Report on sanitation, dispensaries, and jails in Rajputana for 1911, and on vaccination for the year 1911-1912 - 1911-1912
Year: 1911
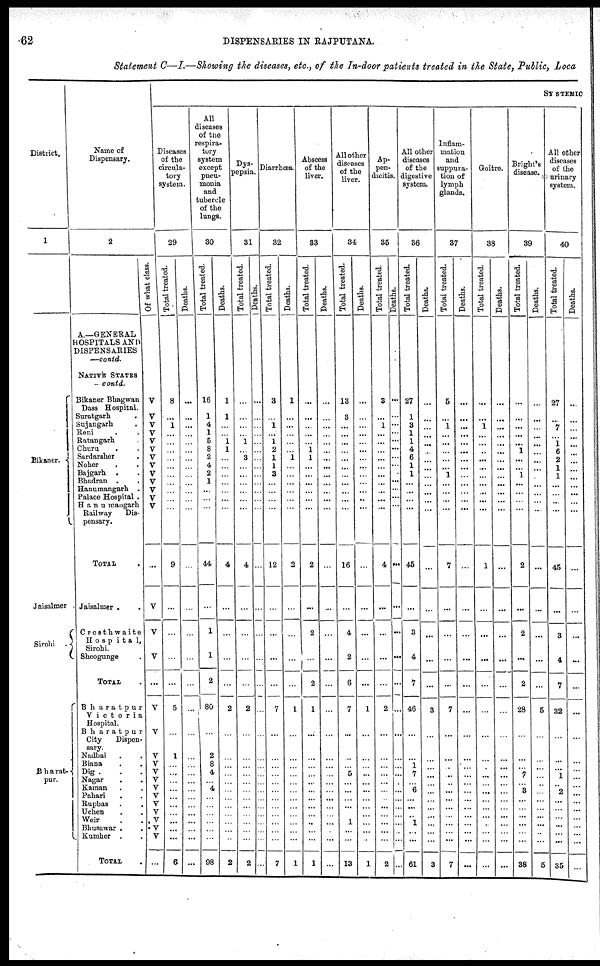
62
DISPENSARIES IN RAJPUTANA.
Statement C—I.—Showing the diseases, etc., of the In-door patients treated in the State, Public, Loca
District.
1
Bikaner.
Jaisalmer
Sirohi
Bharat¬
pur.
Name of
Dispensary.
2
A.—GENERAL
HOSPITALS AND
DISPENSARIES
—contd.
NATIVE STATES
contd.
Bikaner Bhagwan
Dass Hospital.
Suratgarh .
Sujangarh .
Reni . .
Ratangarh .
Churu . .
Sardarsher .
Noher . .
Bajgarh . .
Bhadran . .
Hanumangarh .
Palace Hospital .
Hanumangarh
Railway
Dis¬
pensary.
TOTAL .
Jaisalmer . .
Crosthwaite
Hospita1,
Sirohi.
Sheogunge
TOTAL .
Bharatpur
Victoria
Hospital.
Bharatpur
City
Dispen-
sary.
Nadbai . .
Biana . .
Dig . . .
Nagar . .
Kaman . .
Pahari . .
Rupbas . .
Uchen . .
Weir . .
Bhusawar . .
Kumher . .
TOTAL .
Of what class.
V
V
V
V
V
V
V
V
V
V
V
V
V
...
V
V
V
...
V
V
V
V
V
V
V
V
V
V
V
V
V
...
SYSTEMIC
Diseases
of the
circula¬
tory
system.
29
Total treated.
8
...
1
...
...
...
...
...
...
...
...
...
...
9
...
...
...
...
5
...
1
...
...
...
...
...
...
...
...
...
...
6
Deaths.
...
...
...
...
...
...
...
...
...
...
...
...
...
...
...
...
...
...
...
...
...
...
...
...
...
...
...
...
...
...
...
...
All
diseases
of the
respira¬
tory
system
except
pneu¬
monia
and
tubercle
of the
lungs.
30
Total treated.
16
1
4
1
5
8
2
4
2
1
...
...
...
44
...
1
1
2
80
...
2
8
4
...
4
...
...
...
...
...
...
98
Deaths.
1
1
...
...
1
1
...
...
...
...
...
...
...
4
...
...
...
...
2
...
...
...
...
...
...
...
...
...
...
...
...
2
Dys¬
pepsia.
31
Total treated.
...
...
...
...
1
...
3
...
...
...
...
...
...
4
...
...
...
...
2
...
...
...
...
...
...
...
...
...
...
...
...
2
Deaths.
...
...
...
...
...
...
...
...
...
...
...
...
...
...
...
...
...
...
...
...
...
...
...
...
...
...
...
...
...
...
...
...
Diarrhœa.
32
Total treated.
3
...
1
...
1
2
1
1
3
...
...
...
...
12
...
...
...
...
7
...
...
...
...
...
...
...
...
...
...
...
...
7
Deaths.
1
...
...
...
...
...
1
...
...
...
...
...
...
2
...
...
...
...
1
...
...
...
...
...
...
...
...
...
...
...
...
1
Abscess
of the
liver.
83
Total treated.
...
...
...
...
...
1
1
...
...
...
...
...
...
2
...
2
...
2
1
...
...
...
...
...
...
...
...
...
...
...
...
1
Deaths.
...
...
...
...
...
...
...
...
...
...
...
...
...
...
...
...
...
...
...
...
...
...
...
...
...
...
...
...
...
...
...
...
All other
diseases
of the
liver.
34
Total treated.
13
3
...
...
...
...
...
...
...
...
...
...
...
16
...
4
2
6
7
...
...
...
5
...
...
...
...
...
1
...
...
13
Deaths.
...
...
...
...
...
...
...
...
...
...
...
...
...
...
...
...
...
...
1
...
...
...
...
...
...
...
...
...
...
...
...
1
Ap¬
pen¬
dicitis.
35
Total treated.
3
...
1
...
...
...
...
...
...
...
...
...
...
4
...
...
...
...
2
...
...
...
...
...
...
...
...
...
...
...
...
2
Deaths.
...
...
...
...
...
...
...
...
...
...
...
...
...
...
...
...
...
...
...
...
...
...
...
...
...
...
...
...
...
...
...
...
All other
diseases
of the
digestive
system.
36
Total treated.
27
1
3
1
1
4
6
1
1
...
...
...
...
45
...
3
4
7
46
...
...
1
7
...
6
...
...
...
1
...
...
61
Deaths.
...
...
...
...
...
...
...
...
...
...
...
...
...
...
...
...
...
...
3
...
...
...
...
...
...
...
...
...
...
...
...
3
Inflam-
mation
and
suppura-
tion of
lymph
glands.
37
Total treated.
5
...
1
...
...
...
...
...
1
...
...
...
...
7
...
...
...
...
7
...
...
...
...
...
...
...
...
...
...
...
...
7
Deaths.
...
...
...
...
...
...
...
...
...
...
...
...
...
...
...
...
...
...
...
...
...
...
...
...
...
...
...
...
...
...
...
...
Goitre.
38
Total treated.
...
...
1
...
...
...
...
...
...
...
...
...
...
1
...
...
...
...
...
...
...
...
...
...
...
...
...
...
...
...
...
...
Deaths.
...
...
...
...
...
...
...
...
...
...
...
...
...
...
...
...
...
...
...
...
...
...
...
...
...
...
...
...
...
...
...
...
Bright's
disease.
39
Total treated.
...
...
...
...
...
1
...
...
1
...
...
...
...
2
...
2
...
2
28
...
...
...
7
...
3
...
...
...
...
...
...
38
Deaths.
...
...
...
...
...
...
...
...
...
...
...
...
...
...
...
...
...
...
5
...
...
...
...
...
...
...
...
...
...
...
...
5
All other
diseases
of the
urinary
system.
40
Total treated.
27
...
7
...
1
6
2
1
...
...
...
...
...
45
...
3
4
7
32
...
...
...
1
...
2
...
...
...
...
...
...
35
Deaths.
...
...
...
...
...
...
...
...
...
...
...
...
...
...
...
...
...
...
...
...
...
...
...
...
...
...
...
...
...
...
...
...